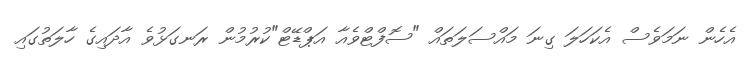
އެހެން ނަމަވެސް އެކަހަލަ ގިނަ މައްސަލަތައް "ސޮފްޓްވެއާ އަޕްޑޭޓް"ކުރުމުން ރަނގަޅުވެ އާދައިގެ ހާލަތުގައި